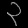
Digit: ၃